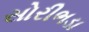
સોરીભડા